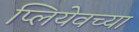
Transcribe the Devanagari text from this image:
प्लियेवच्या